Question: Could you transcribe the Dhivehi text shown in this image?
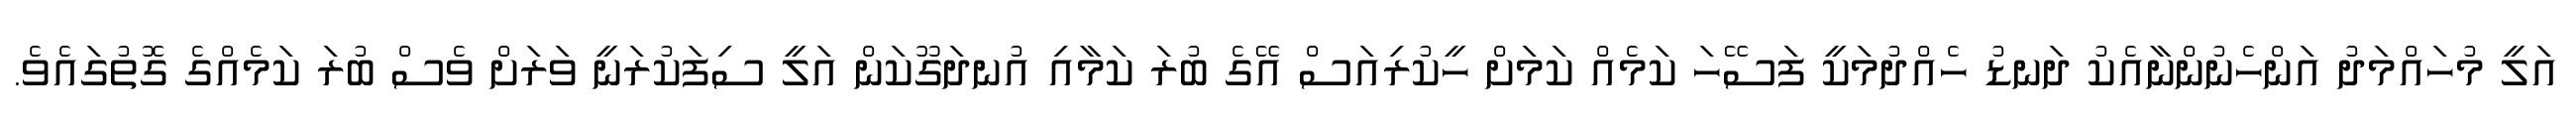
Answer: އަލީ މުހައްމަދު އަންހެނުންނާއެކު ދަނޑު ހެއްދުމަކީ ފަސޭހަ ކަމެއް ކަމަށް ހީކުރިއަސް އޭގެ ބުރަ ކަމާއި އުނދަގޫކަން އަލީ ސިފަކުރަނީ ވަރަށް ވެސް ބުރަ ކަމެއްގެ ގޮތުގައެވެ.